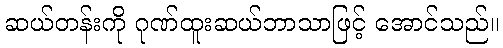
ဆယ်တန်းကို ဂုဏ်ထူးဆယ်ဘာသာဖြင့် အောင်သည်။